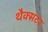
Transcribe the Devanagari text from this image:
थैक्सटर